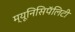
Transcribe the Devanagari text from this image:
म्यूनिसिपॅलिटी